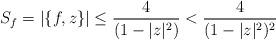
LaTeX: \begin{align*}S_f=|\{f,z\}|\leq \frac{4}{(1-|z|^2)}<\frac{4}{(1-|z|^2)^2}\end{align*}